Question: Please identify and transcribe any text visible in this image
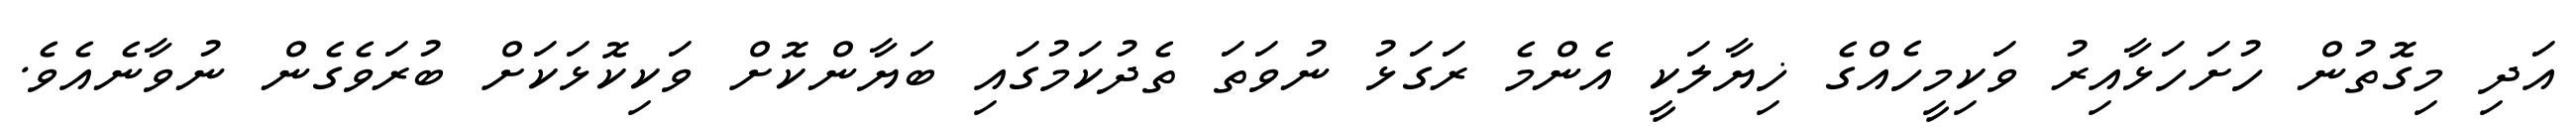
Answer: އަދި މިގޮތުން ހުށަހަޅާއިރު ވަކިމީހެއްގެ ޚިޔާލަކީ އެންމެ ރަގަޅު ނުވަތަ ތެދުކަމުގައި ބަޔާންކޮށް ވަކިކޮޅަކަށް ބުރަވެގެން ނުވާނެއެވެ.